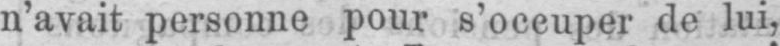
n’avait personne pour s’occuper de lui,